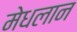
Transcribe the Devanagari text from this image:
मेधलान